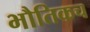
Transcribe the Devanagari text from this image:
भौतिकच